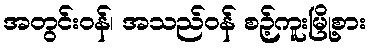
အတွင်းဝန်၊ အသည်ဝန် စဉ့်ကူးမြို့စား